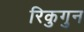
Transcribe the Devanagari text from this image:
रिकुगुन